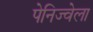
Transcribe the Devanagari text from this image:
पेनिज्वेला